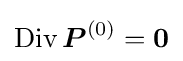
\operatorname {Div} {\boldsymbol {P}}^{(0)}={\boldsymbol {0}}